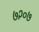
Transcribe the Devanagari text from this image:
७२०७